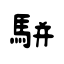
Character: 駢